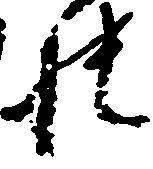
帳